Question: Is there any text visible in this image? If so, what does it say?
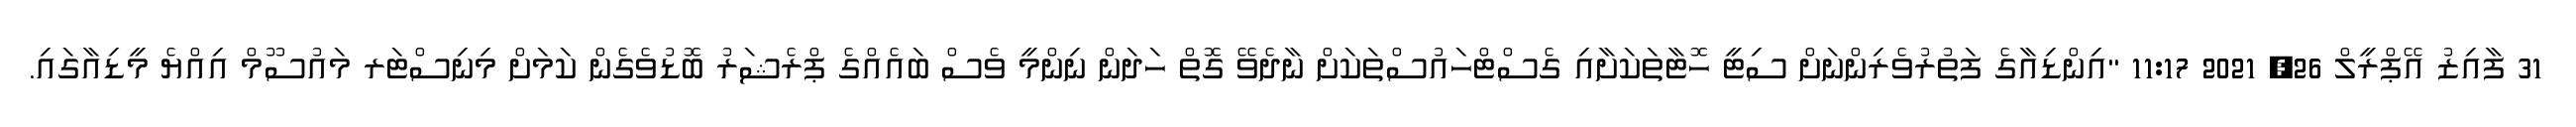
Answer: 31 ފާއިޒު އޭޕްރީލް 26, 2021 11:17 "އިންޑިއާގެ ފަތުރުވެރިންނަށް ސިޓީ ހޮޓާތަކަށާއި ގެސްޓްހައުސްތަކަށް ނާދެވޭ ގޮތް ހަދަން ނިންމީ ވެސް ބައެއްގެ ޕްރެޝަރު ބޮޑުވެގެން ކަމަށް މިނިސްޓަރ މައުސޫމް އިއްޔެ މީޑިއާގައި.